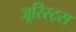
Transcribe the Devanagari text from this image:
जूरिस्ट्स